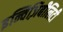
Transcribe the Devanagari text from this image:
इन्विज़िबीलिटी